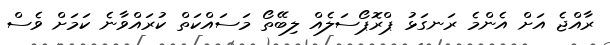
ރާއްޖެ އަށް އެންމެ ރަނގަޅު ޕްރޮޕޯސަލެއް ލިބޭތޯ މަސައްކަތް ކުރައްވާނެ ކަމަށް ވެސް